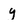
Character: y